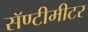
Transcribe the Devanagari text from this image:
सॅण्टीमीटर